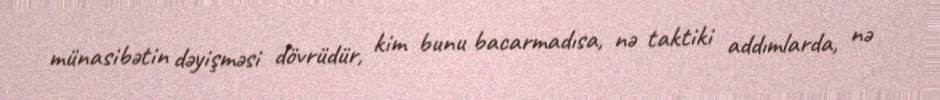
münasibətin dəyişməsi dövrüdür, kim bunu bacarmadısa, nə taktiki addımlarda, nə